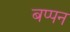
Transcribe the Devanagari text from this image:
बप्पन